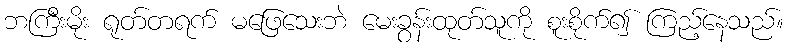
ဘကြီးမိုး ရုတ်တရက် မဖြေသေးဘဲ မေးခွန်းထုတ်သူကို စူးစိုက်၍ ကြည့်နေသည်။